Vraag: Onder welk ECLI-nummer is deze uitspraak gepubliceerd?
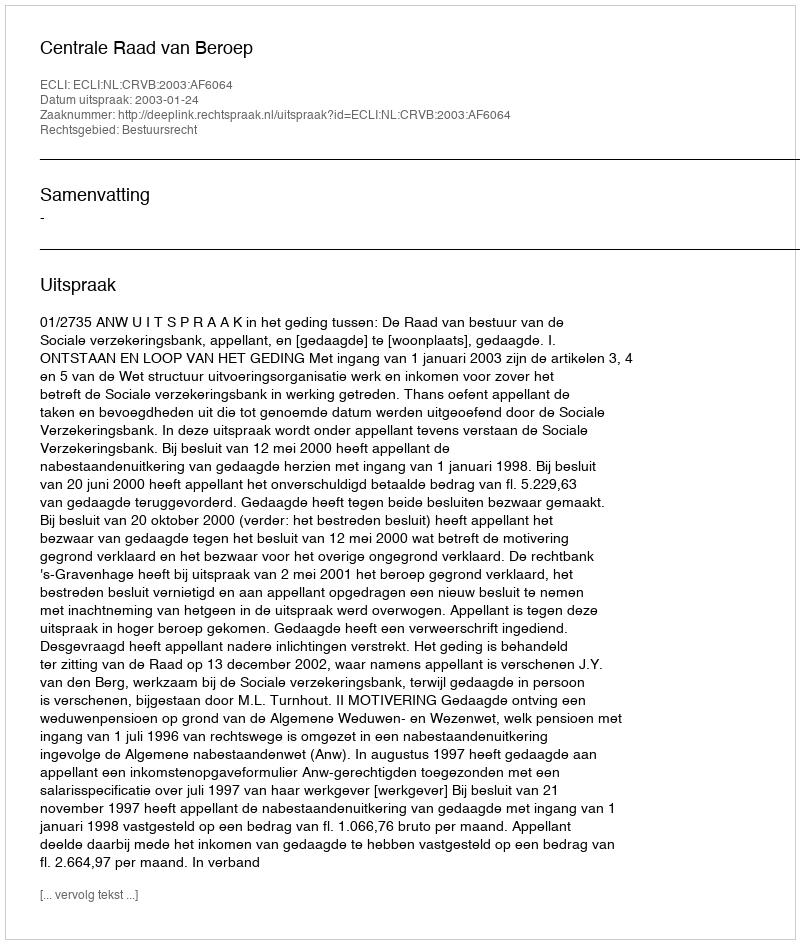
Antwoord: ECLI:NL:CRVB:2003:AF6064